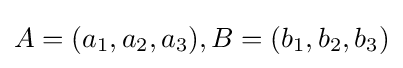
A=(a_{1},a_{2},a_{3}),B=(b_{1},b_{2},b_{3})